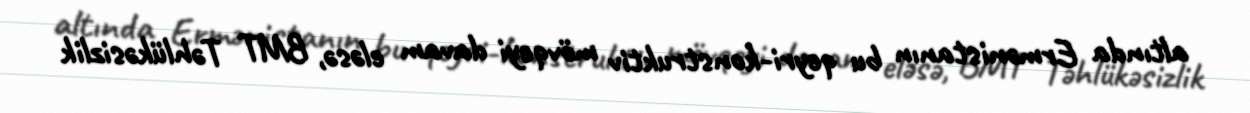
altında Ermənistanın bu qeyri-konstruktiv mövqeyi davam eləsə, BMT Təhlükəsizlik